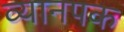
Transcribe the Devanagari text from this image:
व्यानपक